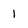
Character: 1